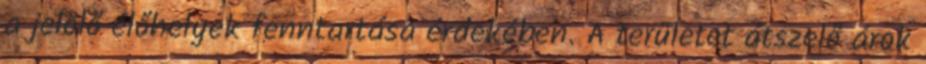
a jelölő élőhelyek fenntartása érdekében. A területet átszelő árok